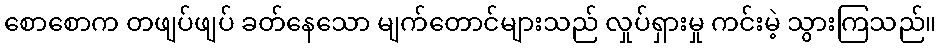
စောစောက တဖျပ်ဖျပ် ခတ်နေသော မျက်တောင်များသည် လှုပ်ရှားမှု ကင်းမဲ့ သွားကြသည်။